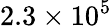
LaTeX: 2.3\times 10^{5}